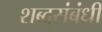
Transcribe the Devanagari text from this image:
शब्दसंबंधी